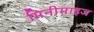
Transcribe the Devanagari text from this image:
मिनीमाइज